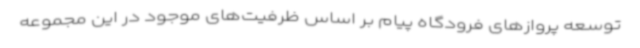
توسعه پروازهای فرودگاه پیام بر اساس ظرفیت‌های موجود در این مجموعه